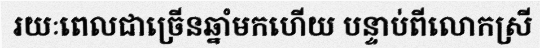
រយៈពេលជាច្រើនឆ្នាំមកហើយ បន្ទាប់ពីលោកស្រី